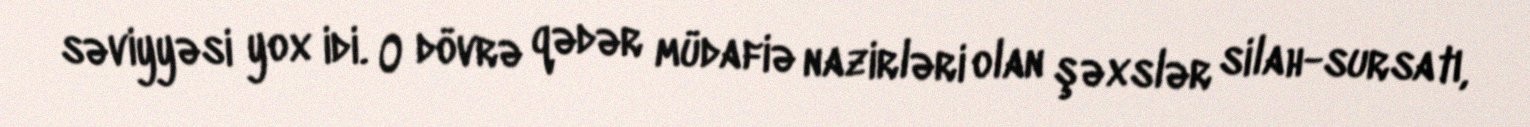
səviyyəsi yox idi. O dövrə qədər müdafiə nazirləri olan şəxslər silah-sursatı,